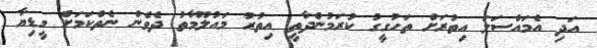
އަދި އެމައްސަލަ އިތުރަށް ތަހުގީގު ކުރަމުންދާތީ އިތުރު މައުލޫމާތު ދެވެން ނެތްކަމަށް މީޑިޔާ